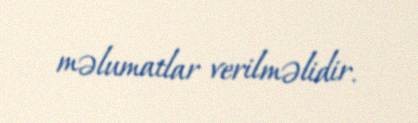
məlumatlar verilməlidir.